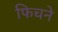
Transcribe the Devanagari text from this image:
फिचने